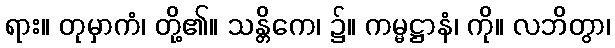
ရား။ တုမှာကံ၊ တို့၏။ သန္တိကေ၊ ၌။ ကမ္မဋ္ဌာနံ၊ ကို။ လဘိတွာ၊